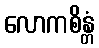
လောကစိန္တံ